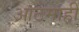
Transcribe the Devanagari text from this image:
आठमाही